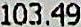
103.49